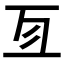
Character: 𠄣